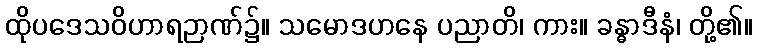
ထိုပဒေသဝိဟာရဉာဏ်၌။ သမောဒဟနေ ပညာတိ၊ ကား။ ခန္ဓာဒီနံ၊ တို့၏။